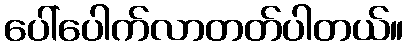
ပေါ်ပေါက်လာတတ်ပါတယ်။